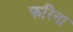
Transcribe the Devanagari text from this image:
फरिना